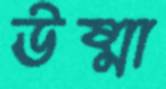
ঊষ্মা